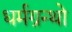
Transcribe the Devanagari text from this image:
धर्मग्रन्थो